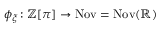
\phi _ { \xi } \colon \mathbb { Z } [ \pi ] \to \operatorname { N o v } = \operatorname { N o v } ( \mathbb { R } )